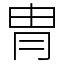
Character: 冑